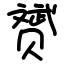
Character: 赟